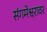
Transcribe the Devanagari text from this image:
संगमेश्वरावर